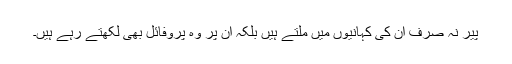
پیر نہ صرف ان کی کہانیوں میں ملتے ہیں بلکہ ان پر وہ پروفائل بھی لکھتے رہے ہیں۔